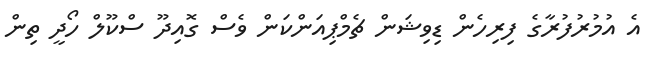
އެ އުމުރުފުރާގެ ފިރިހެން ޑިވިޝަން ޗެމްޕިއަންކަން ވެސް ގޮއިދޫ ސްކޫލް ހޯދީ ތިން